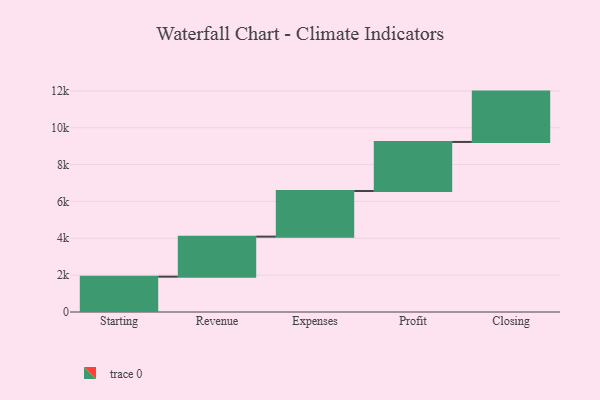
{"axis": {"x": "Step", "y": "Value"}, "legend": [""], "data": [{"x": "Starting", "y": 1917.0, "type": ""}, {"x": "Revenue", "y": 2172.0, "type": ""}, {"x": "Expenses", "y": 2477.0, "type": ""}, {"x": "Profit", "y": 2660.0, "type": ""}, {"x": "Closing", "y": 2732.0, "type": ""}]}